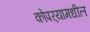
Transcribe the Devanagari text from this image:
कोपर्‍यामधील